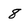
Character: 8